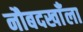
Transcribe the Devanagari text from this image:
नौबदखाँला